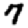
Digit: 7